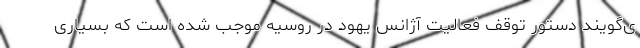
ی‌گویند دستور توقف فعالیت آژانس یهود در روسیه موجب شده است که بسیاری